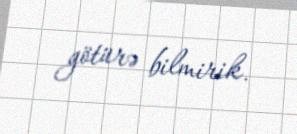
götürə bilmirik.